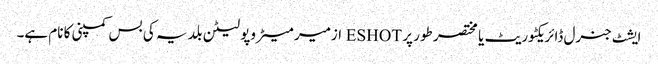
ایشٹ جنرل ڈائریکٹوریٹ یا مختصر طور پر ESHOT ازمیر میٹروپولیٹن بلدیہ کی بس کمپنی کا نام ہے۔